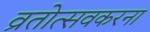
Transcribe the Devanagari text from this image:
व्रतोत्सवकरना